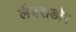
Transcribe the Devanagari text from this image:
लैबराडोर